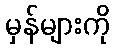
မှန်များကို